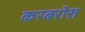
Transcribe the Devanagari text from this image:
करबरोस